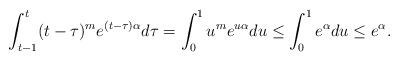
LaTeX: \begin{align*} \int_{t-1}^{t} (t-\tau)^m e^{(t-\tau)\alpha} d\tau = \int_{0}^{1} u^m e^{u \alpha} du \leq \int_{0}^{1} e^{\alpha} du \leq e^{\alpha}.\end{align*}